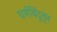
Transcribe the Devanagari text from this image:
घर्मबिंदूतून